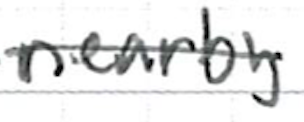
Text: nearby
Cross-out: single-line
Writing tool: ballpoint